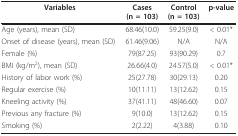
<table><thead><tr><td><b>Variables</b></td><td><b>Cases (n = 103)</b></td><td><b>Control (n = 103)</b></td><td><b>p-value</b></td></tr></thead><tbody><tr><td>Age (years), mean (SD)</td><td>68.46(10.0)</td><td>59.25(9.0)</td><td>&lt; 0.01*</td></tr><tr><td>Onset of disease (years), mean (SD)</td><td>61.46(9.06)</td><td>N/A</td><td>N/A</td></tr><tr><td>Female (%)</td><td>79(87.25)</td><td>93(90.29)</td><td>0.7</td></tr><tr><td>BMI (kg/m<sup>2</sup>), mean (SD)</td><td>26.66(4.0)</td><td>24.57(5.0)</td><td>&lt; 0.01*</td></tr><tr><td>History of labor work (%)</td><td>25(27.78)</td><td>30(29.13)</td><td>0.20</td></tr><tr><td>Regular exercise (%)</td><td>10(11.11)</td><td>13(12.62)</td><td>0.15</td></tr><tr><td>Kneeling activity (%)</td><td>37(41.11)</td><td>48(46.60)</td><td>0.07</td></tr><tr><td>Previous any fracture (%)</td><td>9(10.0)</td><td>13(12.62)</td><td>0.15</td></tr><tr><td>Smoking (%)</td><td>2(2.22)</td><td>4(3.88)</td><td>0.10</td></tr></tbody></table>